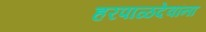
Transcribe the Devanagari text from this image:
हरपाळदेवांना